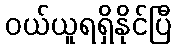
ဝယ်ယူရရှိနိုင်ပြီ